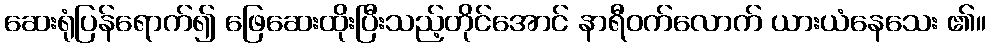
ဆေးရုံပြန်ရောက်၍ ဖြေဆေးထိုးပြီးသည့်တိုင်အောင် နာရီဝက်လောက် ယားယံနေသေး ၏။